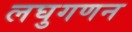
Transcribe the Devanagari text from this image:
लघुगणन